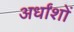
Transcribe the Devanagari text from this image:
अर्धांशों